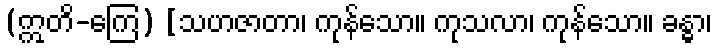
(ဣတိ-ကြေ) [သဟဇာတာ၊ ကုန်သော။ ကုသလာ၊ ကုန်သော။ ခန္ဓာ၊